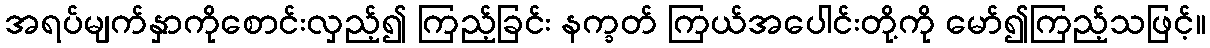
အရပ်မျက်နှာကိုစောင်းလှည့်၍ ကြည့်ခြင်း နက္ခတ် ကြယ်အပေါင်းတို့ကို မော်၍ကြည့်သဖြင့်။